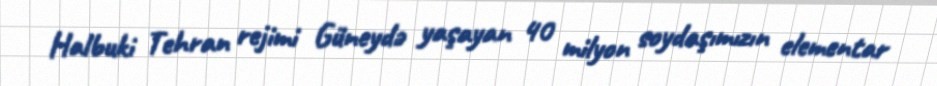
Halbuki Tehran rejimi Güneydə yaşayan 40 milyon soydaşımızın elementar